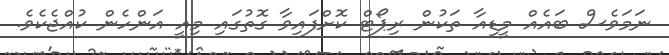
ނަމަވެސް ބައެއް މީޑިއާ ތަކުން ރިޕޯޓް ކޮށްފައިވާ ގޮތުގައި މިއީ އަންހެން ކުއްޖެކެވެ.